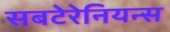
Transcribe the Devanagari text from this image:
सबटेरेनियन्स